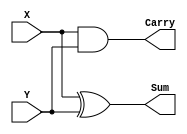
`timescale 1ns / 1ps
module HalfAdder(
    input X,
    input Y,
    output Sum,
    output Carry
    );
    assign Sum = X^Y;
    assign Carry = X&Y;
endmodule

module FullAdder(
    input X,
    input Y,
    input Cin,
    output Cout,
    output Sum
    );
    assign Sum = X^Y^Cin;
    assign Cout = (X&Y) | (X&Cin) | (Y & Cin);
endmodule


module TwoBitAdder(
    input [1:0]X,
    input [1:0]Y,
    output wire Cout,
    output wire Cin,
    output[1:0] Sum
);
    wire h;
    HalfAdder half_adder(.X(X[0]), .Y(Y[0]), .Sum(Sum[0]), .Carry(h));
    FullAdder full_adder(.X(X[1]), .Y(Y[1]), .Sum(Sum[1]), .Cin(h), .Cout(Cout));
endmodule
    
    
    

module F1(
    input W,
    input X,
    input Y,
    input Z,
    output F1_out
    );
    assign F1_out = (W &  X & Y & Z) | (W & ~X & ~Y & Z);
endmodule


module RAM(
input CLK,
input WE,
input [3:0] A,
output [3:0] Do,

input W,
input X,
input Y,
input Z,
input [1:0] Xi,
input [1:0] Yi
);

wire [3:0] Di;
reg [3:0] RAM [31:0]; 

F1 f1(.W(W), .X(X), .Y(Y), .Z(Z), .F1_out(Di[0]));
TwoBitAdder twobitadder(.X(Xi[1:0]), .Y(Yi[1:0]),.Sum(Di[2:1]),.Cout(Di[3]));


always @(posedge CLK) begin
    if(WE)
        RAM[A] <= Di;
    end
    
 assign Do= RAM[A];
endmodule